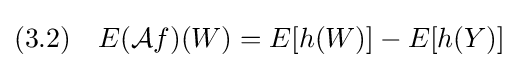
(3.2)\quad E({\mathcal {A}}f)(W)=E[h(W)]-E[h(Y)]